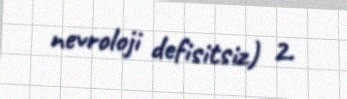
nevroloji defisitsiz) 2.